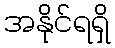
အနိုင်ရရှိ